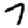
Digit: 7